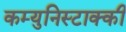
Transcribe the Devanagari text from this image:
कम्युनिस्टाक्की